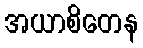
အယာစိတေန